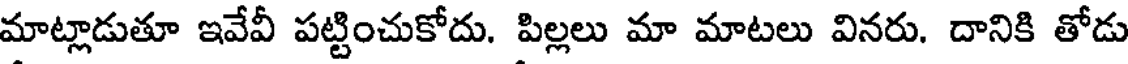
మాట్లాడుతూ ఇవేవీ పట్టించుకోదు. పిల్లలు మా మాటలు వినరు. దానికి తోడు